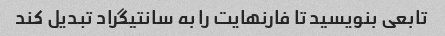
تابعی بنویسید تا فارنهایت را به سانتیگراد تبدیل کند